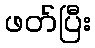
ဖတ်ပြီး